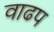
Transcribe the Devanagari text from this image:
वाढप